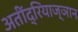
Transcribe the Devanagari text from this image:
अतींद्रियाज्ञान